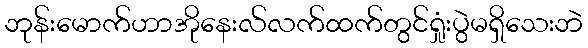
ဘုန်းမောက်ဟာအိုနေးလ်လက်ထက်တွင်ရှုံးပွဲမရှိသေးဘဲ